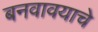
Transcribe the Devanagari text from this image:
बनवावयाचे